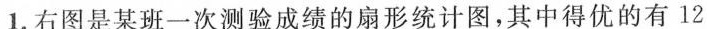
1.右图是某班一次测验成绩的扇形统计图，其中得优的有12